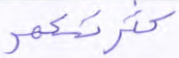
كثرتكم